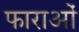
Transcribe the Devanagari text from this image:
फाराओं